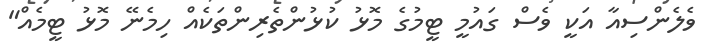
ވެލެންސިއާ އަކީ ވެސް ގައުމީ ޓީމުގެ މޮޅު ކުޅުންތެރިންތަކެއް ހިމެނޭ މޮޅު ޓީމެއް"